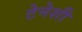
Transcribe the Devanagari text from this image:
टेनेशी